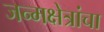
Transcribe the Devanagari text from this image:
जन्मक्षेत्रांचा